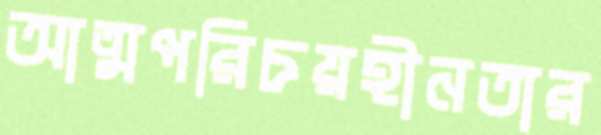
আত্মপরিচয়হীনতার